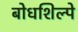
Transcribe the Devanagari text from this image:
बोधशिल्पे